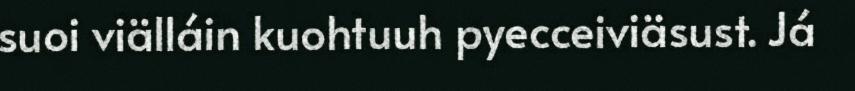
suoi viälláin kuohtuuh pyecceiviäsust. Já